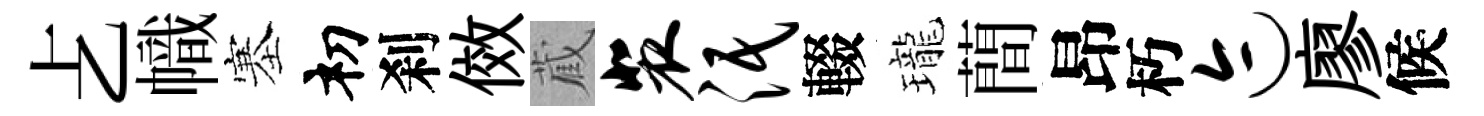
𠧒幟塞𥘉刹傚蔵裴泯輟瓏蕳昂朽迹廖候